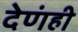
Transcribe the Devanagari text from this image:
देणंही